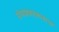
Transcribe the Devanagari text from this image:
ग्रंथप्रकाशनाचा